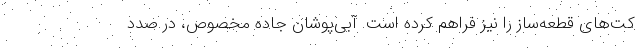
کت‌های قطعه‌ساز را نیز فراهم کرده است. آبی‌پوشان جاده مخصوص، در صدد